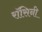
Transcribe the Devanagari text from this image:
रॉसिनी